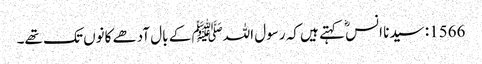
1566: سیدنا انسؓ کہتے ہیں کہ رسول اللہﷺ کے بال آدھے کانوں تک تھے۔